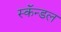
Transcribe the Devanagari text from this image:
स्कॅन्डल